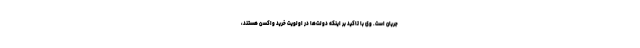
جریان است. وی با تاکید بر اینکه دولت‌ها در اولویت خرید واکسن هستند،